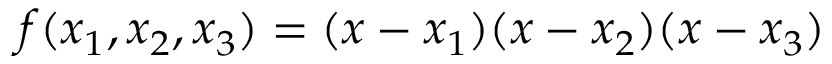
f ( x _ { 1 } , x _ { 2 } , x _ { 3 } ) = ( x - x _ { 1 } ) ( x - x _ { 2 } ) ( x - x _ { 3 } )